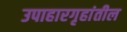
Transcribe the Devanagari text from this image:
उपाहारगृहांतील